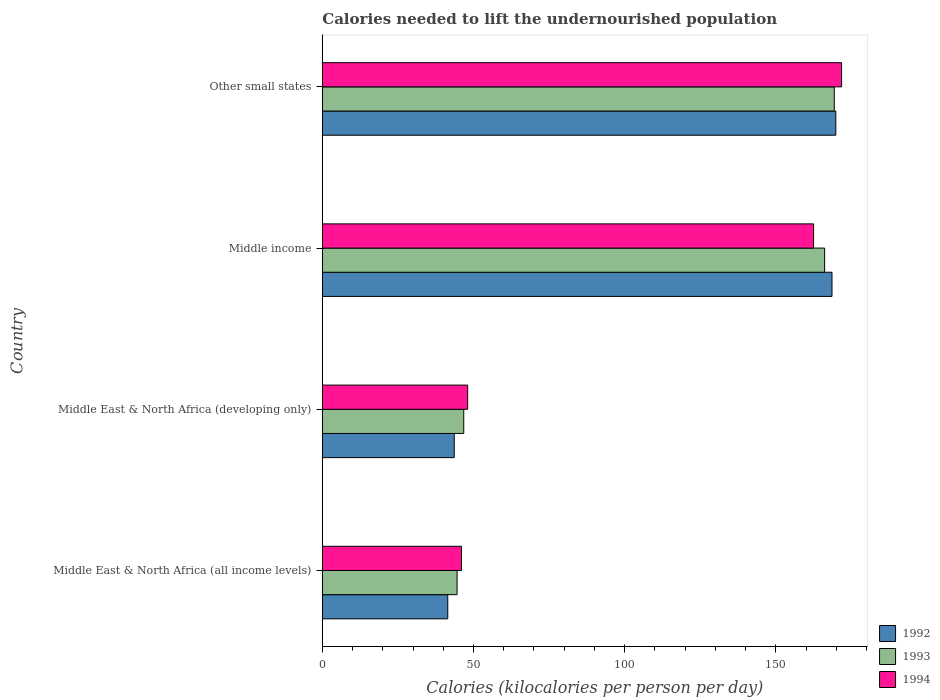
| Country | 1992 | 1993 | 1994 |
 | --- | --- | --- | --- |
 | Middle East & North Africa (all income levels) | 41.5 | 44.6 | 46 |
 | Middle East & North Africa (developing only) | 43.6 | 46.8 | 48.1 |
 | Middle income | 169 | 166 | 163 |
 | Other small states | 170 | 169 | 172 |